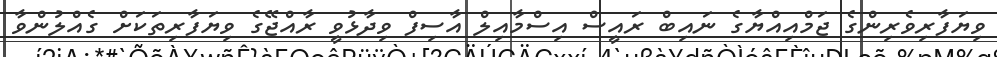
ވިޔަފާރިވެރިންގެ ޖަމްއިއްޔާގެ ނައިބް ރައީސް އިސްމާއިލް އާސިފް ވިދާޅުވީ ރާއްޖޭގެ ވިޔަފާރިތަކަށް ގެއްލުންވާ